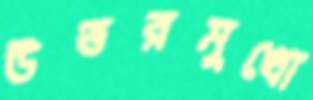
উত্তরমুখো